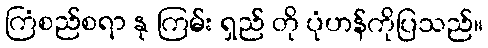
ကြံစည်စရာ နု ကြမ်း ရှည် တို ပုံဟန်ကိုပြသည်။